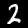
Label: 2